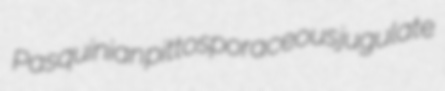
Pasquinian pittosporaceous jugulate